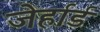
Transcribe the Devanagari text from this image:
जेर्हार्ड